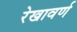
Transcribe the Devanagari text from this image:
रेखावर्ण